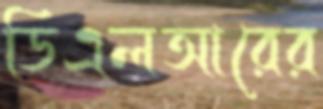
ডিএলআরের